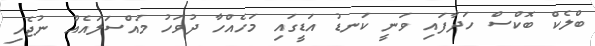
ބްލެކް ބޮކްސް ހަދާފައި ވަނީ ކަނޑު އަޑީގައި މަހެއްހާ ދުވަހު މައްސަލައެއް ނުޖެހި